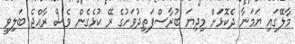
މާލޭގައި ޔަމަނާ ދެކޮޅަށް މިދިޔަ ބުރާސްފަތިދުވަހުގެ ރޭ ކުޅެގެން ވެސް ރާއްޖެ ބަލިވީ